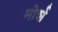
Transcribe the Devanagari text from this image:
मोर्श